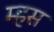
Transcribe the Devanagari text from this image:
म्हस